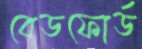
বেডফোর্ড